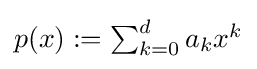
p(x):=\textstyle \sum _{k=0}^{d}a_{k}x^{k}